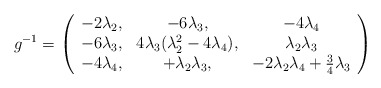
\begin{align*}g^{-1} = \left( \begin{array}{ccc}- 2 \lambda_2, & - 6 \lambda_3, & - 4 \lambda_4 \\- 6 \lambda_3, & 4 \lambda_3(\lambda^2_2 - 4 \lambda_4), & \lambda_2 \lambda_3 \\- 4 \lambda_4, & + \lambda_2 \lambda_3, & -2 \lambda_2 \lambda_4 + \frac34 \lambda_3 \end{array} \right)\end{align*}